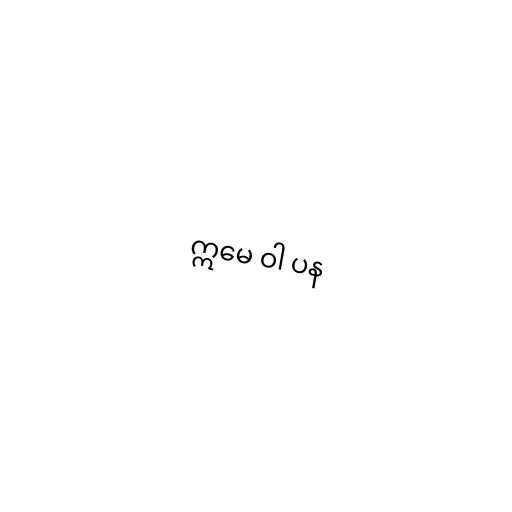
ဣမေ ဝါ ပန